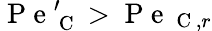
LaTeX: \mathrm{~P~e~}_{\mathrm{~C~}}^{\prime}>\mathrm{~P~e~}_{\mathrm{~C~},r}